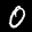
Label: 0